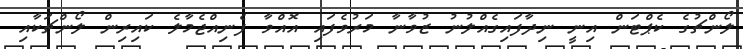
ލޯންޗުގެ ކެޕްޓަން އިނީ ނިދާފައިގެއްލުނު ޒުވާނާ މަރުވެފައި އޮއްވާ ފެނިއްޖެމާލެ ކައިރިން ލޯންޗަކާއި